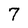
Character: 7